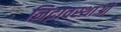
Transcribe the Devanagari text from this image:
निद्रावस्थाओं